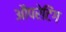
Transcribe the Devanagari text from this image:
औपरेटिंग